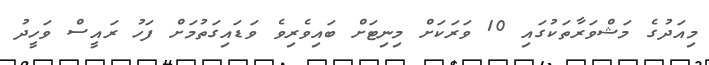
މިއަދުގެ މަޝްވަރާތަކުގައި 10 ވަރަކަށް މިނިޓަށް ބައިވެރިވެ ވަޑައިގަތުމަށް ފަހު ރައީސް ވަހީދު